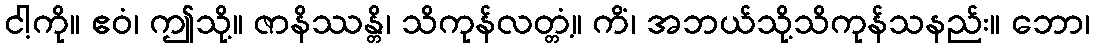
ငါ့ကို။ ဧဝံ၊ ဤသို့။ ဇာနိဿန္တိ၊ သိကုန်လတ္တံ့။ ကိံ၊ အဘယ်သို့သိကုန်သနည်း။ ဘော၊